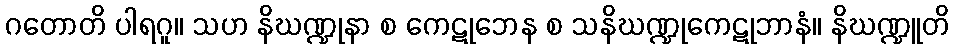
ဂတောတိ ပါရဂူ။ သဟ နိဃဏ္ဍုနာ စ ကေဋုဘေန စ သနိဃဏ္ဍုကေဋုဘာနံ။ နိဃဏ္ဍူတိ